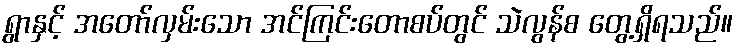
ရွာနှင့် အတော်လှမ်းသော အင်ကြင်းတောစပ်တွင် သဲလွန်စ တွေ့ရှိရသည်။